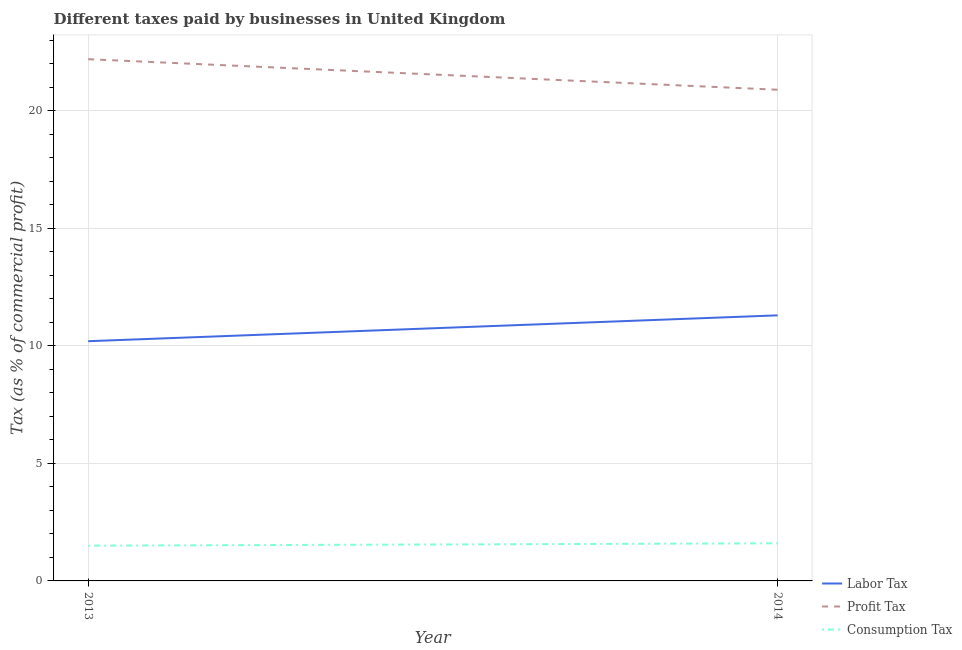
| Year | Labor Tax | Profit Tax | Consumption Tax |
 | --- | --- | --- | --- |
 | 2013 | 10.2 | 22.2 | 1.5 |
 | 2014 | 11.3 | 20.9 | 1.6 |